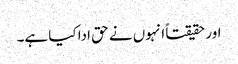
اور حقیقتاً انہوں نے حق ادا کیا ہے۔